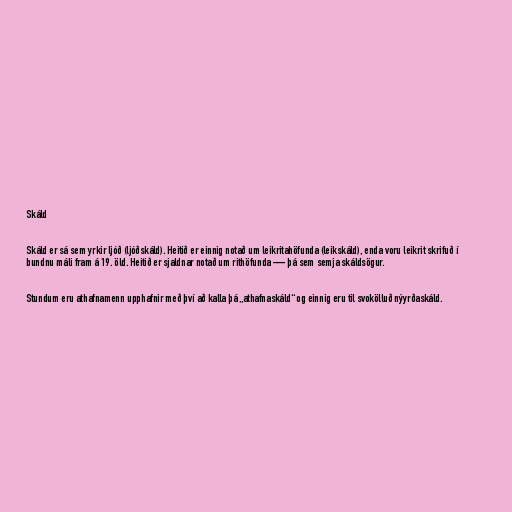
Skáld

Skáld er sá sem yrkir ljóð (ljóðskáld). Heitið er einnig notað um leikritahöfunda (leikskáld), enda voru leikrit skrifuð í
bundnu máli fram á 19. öld. Heitið er sjaldnar notað um rithöfunda — þá sem semja skáldsögur.

Stundum eru athafnamenn upphafnir með því að kalla þá „athafnaskáld“ og einnig eru til svokölluð nýyrðaskáld.